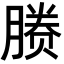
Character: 𬂉